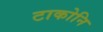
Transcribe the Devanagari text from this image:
टाकोनि